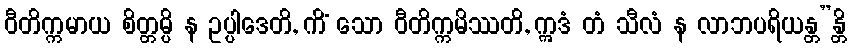
ဝီတိက္ကမာယ စိတ္တမ္ပိ န ဥပ္ပါဒေတိ, ကိံ သော ဝီတိက္ကမိဿတိ, ဣဒံ တံ သီလံ န လာဘပရိယန္တ”န္တိ